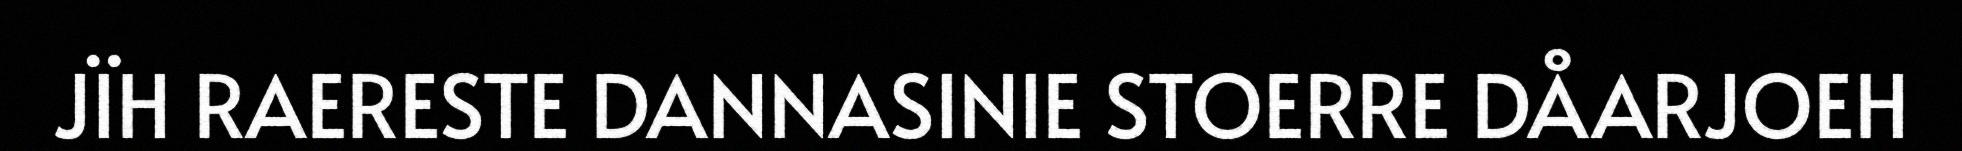
JÏH RAERESTE DANNASINIE STOERRE DÅARJOEH